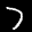
Label: 7